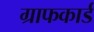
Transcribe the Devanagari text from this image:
ग्राफकार्ड